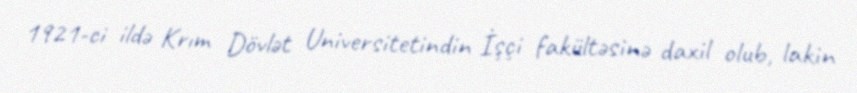
1921-ci ildə Krım Dövlət Universitetindin İşçi fakültəsinə daxil olub, lakin